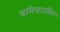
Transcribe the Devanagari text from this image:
बलियारसिंग